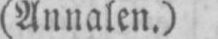
(Annalen.)